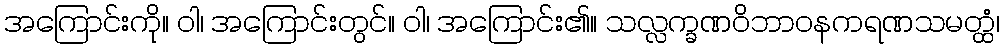
အကြောင်းကို။ ဝါ၊ အကြောင်းတွင်။ ဝါ၊ အကြောင်း၏။ သလ္လက္ခဏဝိဘာဝနကရဏသမတ္ထံ၊